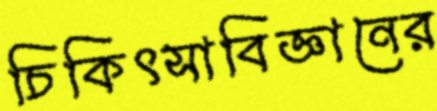
চিকিৎসাবিজ্ঞানের